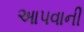
આપવાની